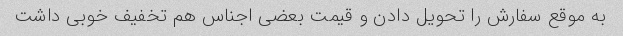
به موقع سفارش را تحویل دادن و قیمت بعضی اجناس هم تخفیف خوبی داشت